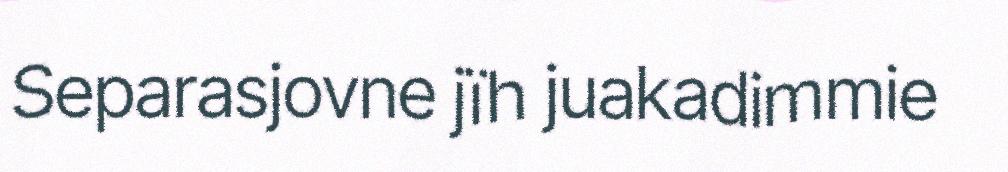
Separasjovne jïh juakadimmie